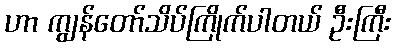
ဟာ ကျွန်တော်သိပ်ကြိုက်ပါတယ် ဦးကြီး